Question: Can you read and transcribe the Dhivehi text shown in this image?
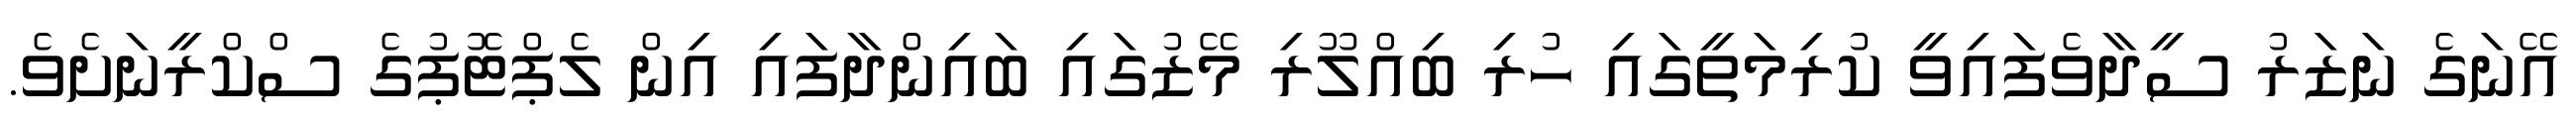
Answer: އޭނަގެ ނަޒަރު ސީދާވެފައިވީ ކުރިމަތީގައި ހުރި ބިއްލޫރި މޭޒުގައި ބައިންދާފައި އިން ލެޕްޓޮޕުގެ ސްކްރީނަށެވެ.